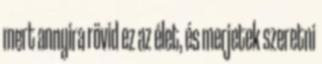
mert annyira rövid ez az élet, és merjetek szeretni